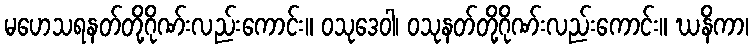
မဟေသရနတ်တို့ဂိုဏ်းလည်းကောင်း။ ဝသုဒေဝါ၊ ဝသုနတ်တို့ဂိုဏ်းလည်းကောင်း။ ဃနိကာ၊